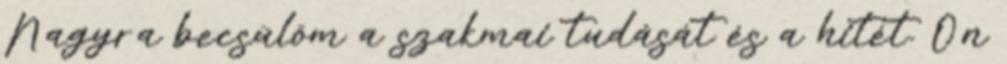
Nagyra becsülöm a szakmai tudását és a hitét. Ön